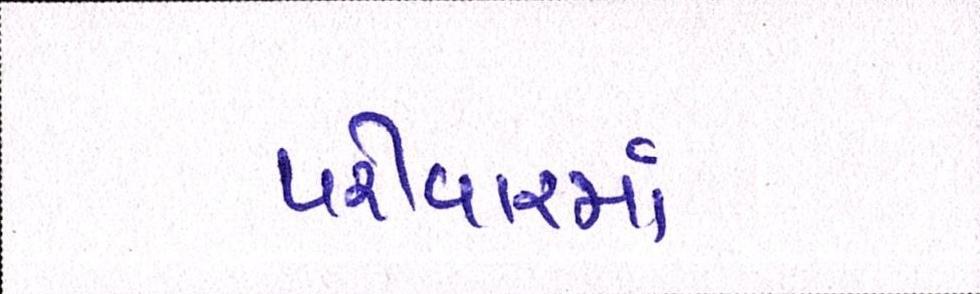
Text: પરીવારમાં